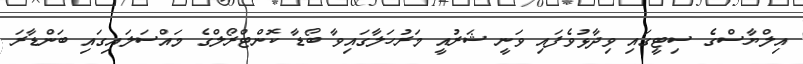
އިލްޔާސްގެ ސިޓީގައި ވިދާޅުވެފައި ވަނީ ޝަރުއީ މަރުހަލާގައިވާ ބޯޑާ ކޮންޓްރޯލްގެ މައްސަލައިގައި ބަންޑާރަ